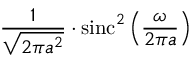
{ \frac { 1 } { \sqrt { 2 \pi a ^ { 2 } } } } \cdot \operatorname { s i n c } ^ { 2 } \left( { \frac { \omega } { 2 \pi a } } \right)